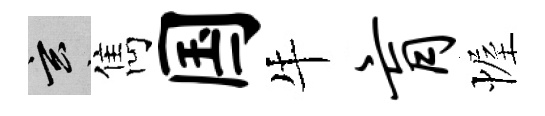
玄雋国牛肓幄